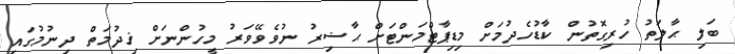
ބަލި ޙާލަތު ހުރިގޮތުން ކާޑުހެދުމަށް މިޑިޕާޓްމަންޓަށް ޙާޟިރު ނުވެވޭވަރު މީހުންނަށް ޚިދުމަތް ދިނުމުގައި